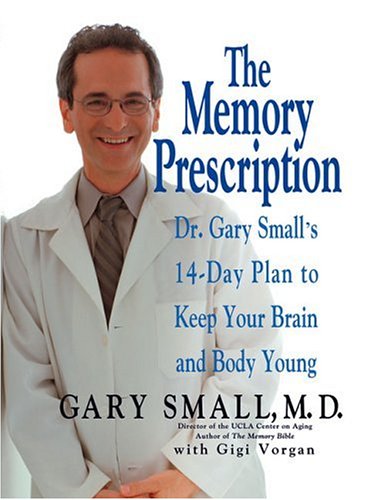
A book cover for The Memory Prescription: Dr. Gary Small's 14-Day Plan to Keep Your Brain and Body Young; Gary Small; Self-Help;